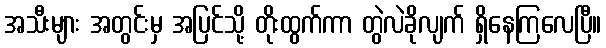
အသီးများ အတွင်းမှ အပြင်သို့ တိုးထွက်ကာ တွဲလဲခိုလျက် ရှိနေကြလေပြီ။